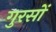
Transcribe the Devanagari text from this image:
गुरसों